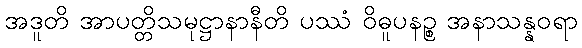
အဒူတိ အာပတ္တိသမုဋ္ဌာနာနီတိ ပဿံ ဝိဓူပနဉ္စ အနာသန္နဝရာ